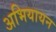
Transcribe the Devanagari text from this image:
अभियायन